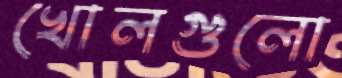
খোলগুলো